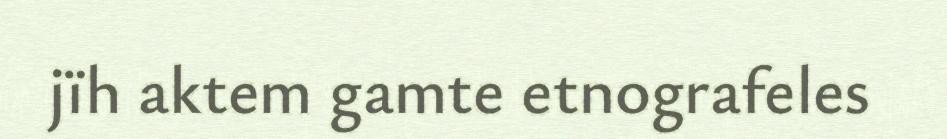
jïh aktem gamte etnografeles